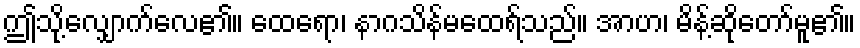
ဤသို့လျှောက်လေ၏။ ထေရော၊ နာဂသိန်မထေရ်သည်။ အာဟ၊ မိန့်ဆိုတော်မူ၏။